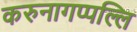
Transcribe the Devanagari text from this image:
करुनागप्पल्लि